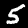
Label: 5